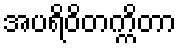
အပရိဝိတက္ကိတာ